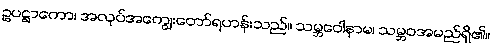
ဥပဋ္ဌာကော၊ အလုပ်အကျွေးတော်ရဟန်းသည်။ သမ္ဘဝေါနာမ၊ သမ္ဘဝအမည်ရှိ၏။